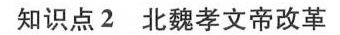
知识点2北魏孝文帝改革